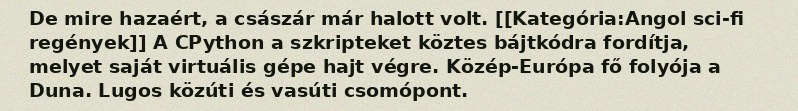
De mire hazaért, a császár már halott volt. [[Kategória:Angol sci-fi regények]] A CPython a szkripteket köztes bájtkódra fordítja, melyet saját virtuális gépe hajt végre. Közép-Európa fő folyója a Duna. Lugos közúti és vasúti csomópont.